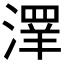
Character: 𱨑